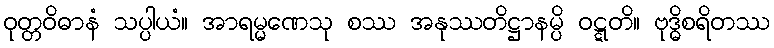
ဝုတ္တဝိဓာနံ သပ္ပါယံ။ အာရမ္မဏေသု စဿ အနုဿတိဋ္ဌာနမ္ပိ ဝဋ္ဋတိ။ ဗုဒ္ဓိစရိတဿ